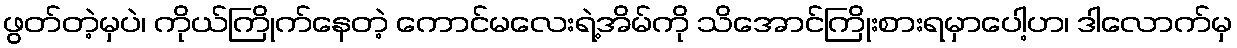
ဖွတ်တဲ့မှပဲ၊ ကိုယ်ကြိုက်နေတဲ့ ကောင်မလေးရဲ့အိမ်ကို သိအောင်ကြိုးစားရမှာပေါ့ဟ၊ ဒါလောက်မှ